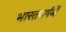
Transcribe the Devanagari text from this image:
भारतवर्षमें